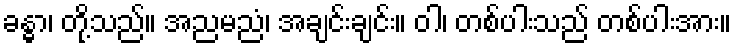
ခန္ဓာ၊ တို့သည်။ အညမညံ၊ အချင်းချင်း။ ဝါ၊ တစ်ပါးသည် တစ်ပါးအား။